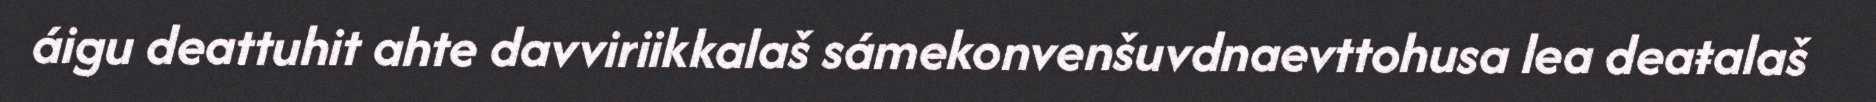
áigu deattuhit ahte davviriikkalaš sámekonvenšuvdnaevttohusa lea deaŧalaš